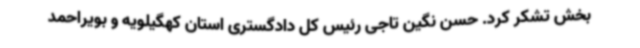
بخش تشکر کرد. حسن نگین تاجی رئیس کل دادگستری استان کهگیلویه و بویراحمد